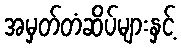
အမှတ်တံဆိပ်များနှင့်